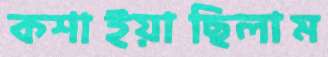
কশাইয়াছিলাম